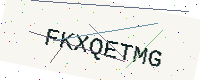
Text: FKXQETMG